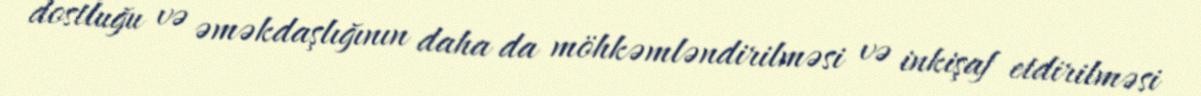
dostluğu və əməkdaşlığının daha da möhkəmləndirilməsi və inkişaf etdirilməsi